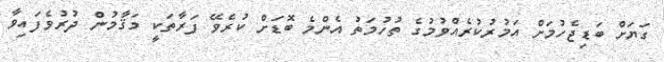
ގަޔަށް ބަޑިޖެހުމަށް އަމުރުކުރެއްވުމުގެ ތުހުމަތު އެންމެ ބޮޑަށް ކުރެވޭ ފަރާތަކީ މަޤާމުން ދުރުވެފައިވާ